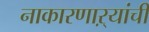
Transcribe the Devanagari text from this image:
नाकारणाऱ्यांची